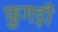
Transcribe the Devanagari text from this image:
फुगड़ी